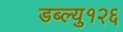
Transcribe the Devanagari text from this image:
डब्ल्यु१२६